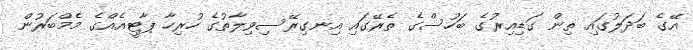
އޭގެ ބަދަލުގައި ތިން ގަޑިއިރުގެ ބަހުސްގެ ތެރޭގައި އިނގިރޭސިވިލާތުގެ ހުރިހާ ޕާޓީއެއްގެ މެމްބަރުން